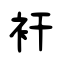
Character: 衦